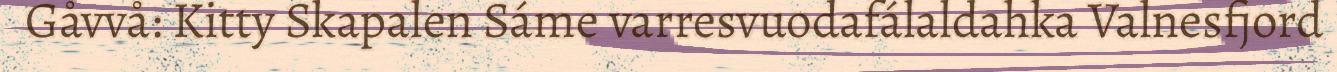
Gåvvå: Kitty Skapalen Sáme varresvuodafálaldahka Valnesfjord